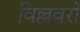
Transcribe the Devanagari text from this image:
विल्लवरों